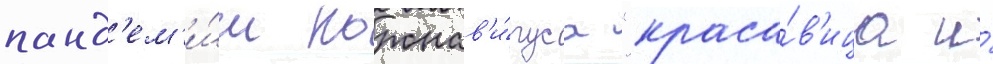
панд'ем'и́и коронав'и́руса "краса́в'ица и́